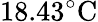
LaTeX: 18.43^{\circ}\mathrm{C}